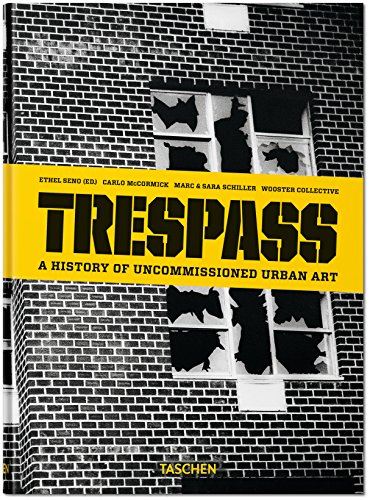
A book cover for Trespass: A History of Uncommissioned Urban Art; Carlo McCormick; Arts & Photography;